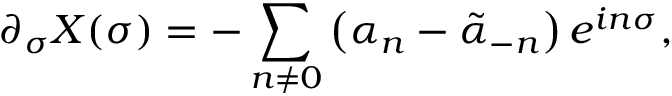
\partial _ { \sigma } X ( \sigma ) = - \sum _ { n \ne 0 } \left( \alpha _ { n } - \tilde { \alpha } _ { - n } \right) e ^ { i n \sigma } ,